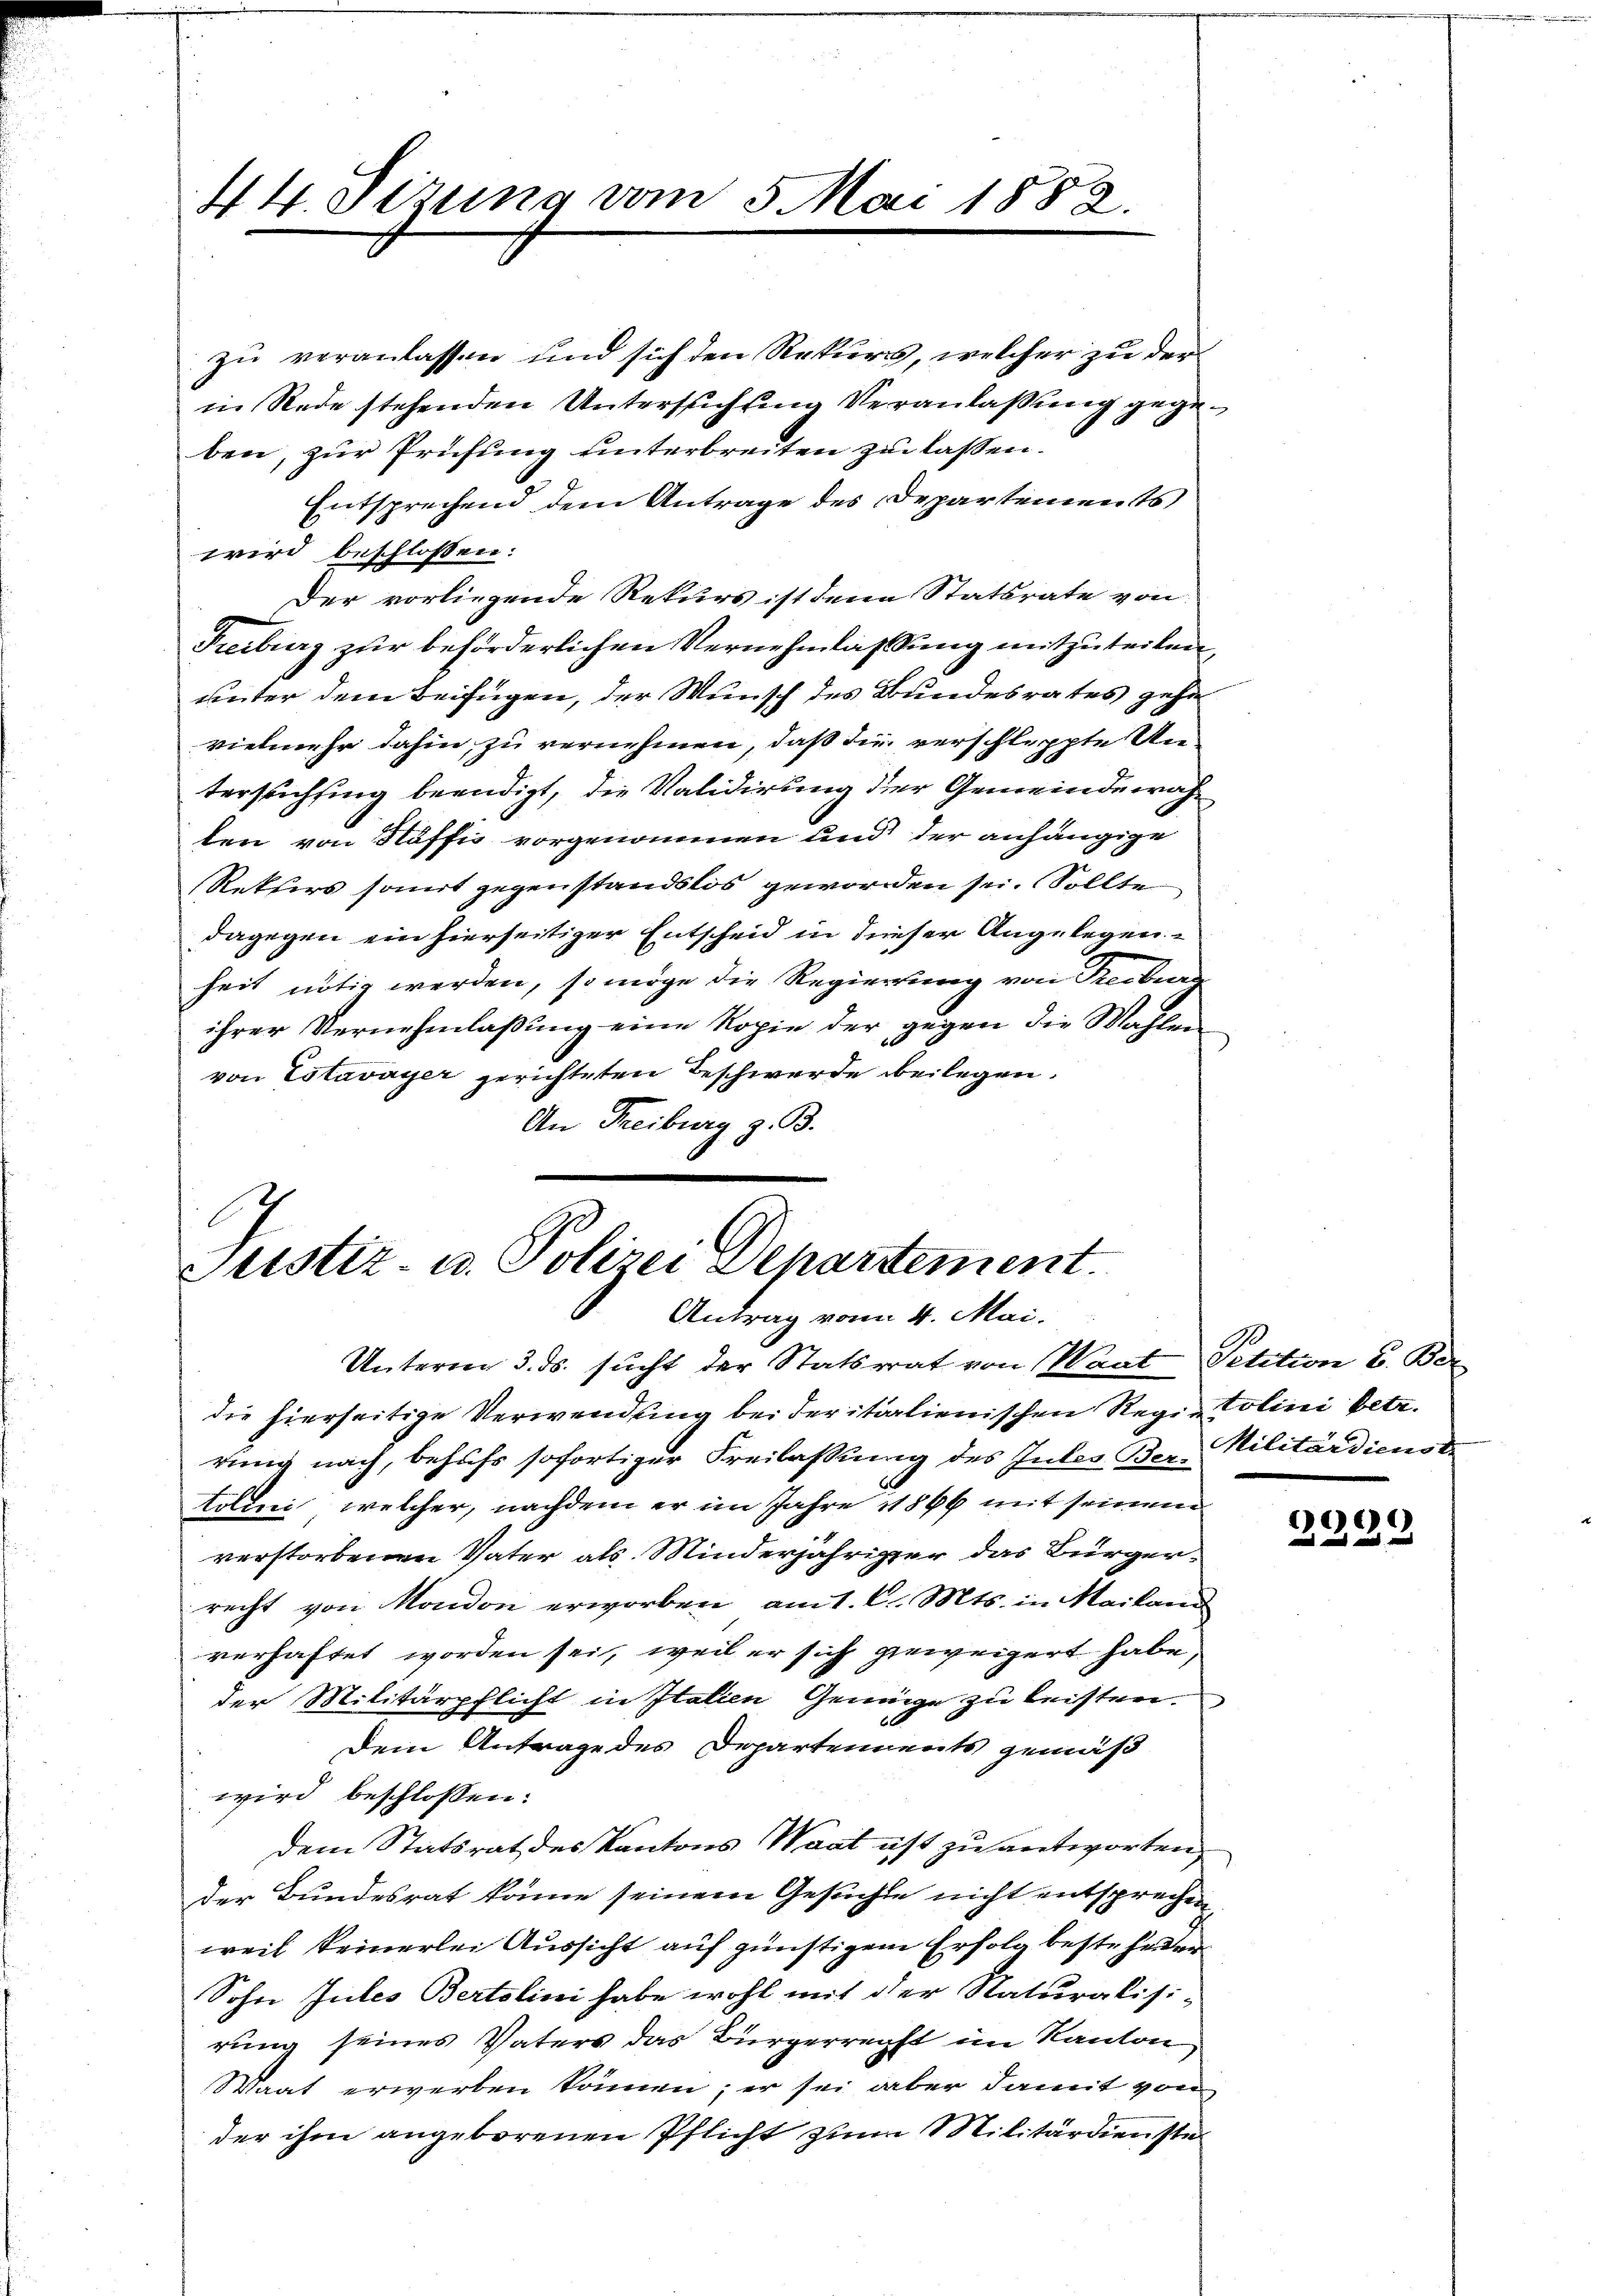
44. Sizung vom 5. Mai 1882.

ben, zur Prüfung unterbreiten zu lassen.
wird beschlossen:
ihrer Vernehmlassung eine Kopie der gegen die Wahlen
von Estavayer gerichteten Beschwerde beilegen,
An Freiburg z. B.

zu veranlassen und sich den Rekurs, welcher zu der
in Rede stehenden Untersuchung Veranlassung gege¬
Entsprechend dem Antrage des Departements
Der vorliegende Rekurs ist dene Statsrate von
Freiburg zur beförderlichen Vernehmlassung mitzuteilen,
unter dem Beifügen, der Wunsch des Bundesrates gehe
vielmehr dahin, zu vernehmen, daß die verschleppte Untersuchting beendigt, die Validierung der Gemeinde wahten von Näffis vorgenommen und der anhängige
Rektors somit gegenstandslos geworden sei. Sollte
dagegen ein hierseitiger Entscheid in dieser Angelegenheit nötig werden, so möge die Regierung von Treiburg

E
Justiz- u. Polizei Departement.
Antrag vom 4. Mai.
Unterm 3. ds. sucht der Statsrat von Waat Petition u. Ber

die hierseitige Verwendung bei der italienischen Regie Colini betr.
rung nach, behufs sofortiger Freilassung des Inter Ber-Militärdienste
Colini, welcher, nachdem er im Jahre 1866 mit seinem
verstorbenen Vater als Minderjähriger das Bürgerrecht von Mondon erworben am 1. d. Mts. in Mailand
verhaftet worden sei, weil er sich geweigert habe,
der Militärpflicht in Italien Geneige zu leisten.
Dem Antrage des Departennents gemäß
wird beschlossen:
dem Statsrat des Kantons Waat ist zu antworten
der Bundesrat könne seinem Gesuchte nicht entsprechen
weil keinerlei Aussicht auf günstigem Erfolg bestehenden
Sohn Jules Bertolini habe wohl mit der Naturalisi-
rung seines Vaters das Bürgerrecht im Kanton
Waat erwerben können; er sei aber damit von
der ihm angeborenen Pflicht zum Militärdienste¬

)6)
2